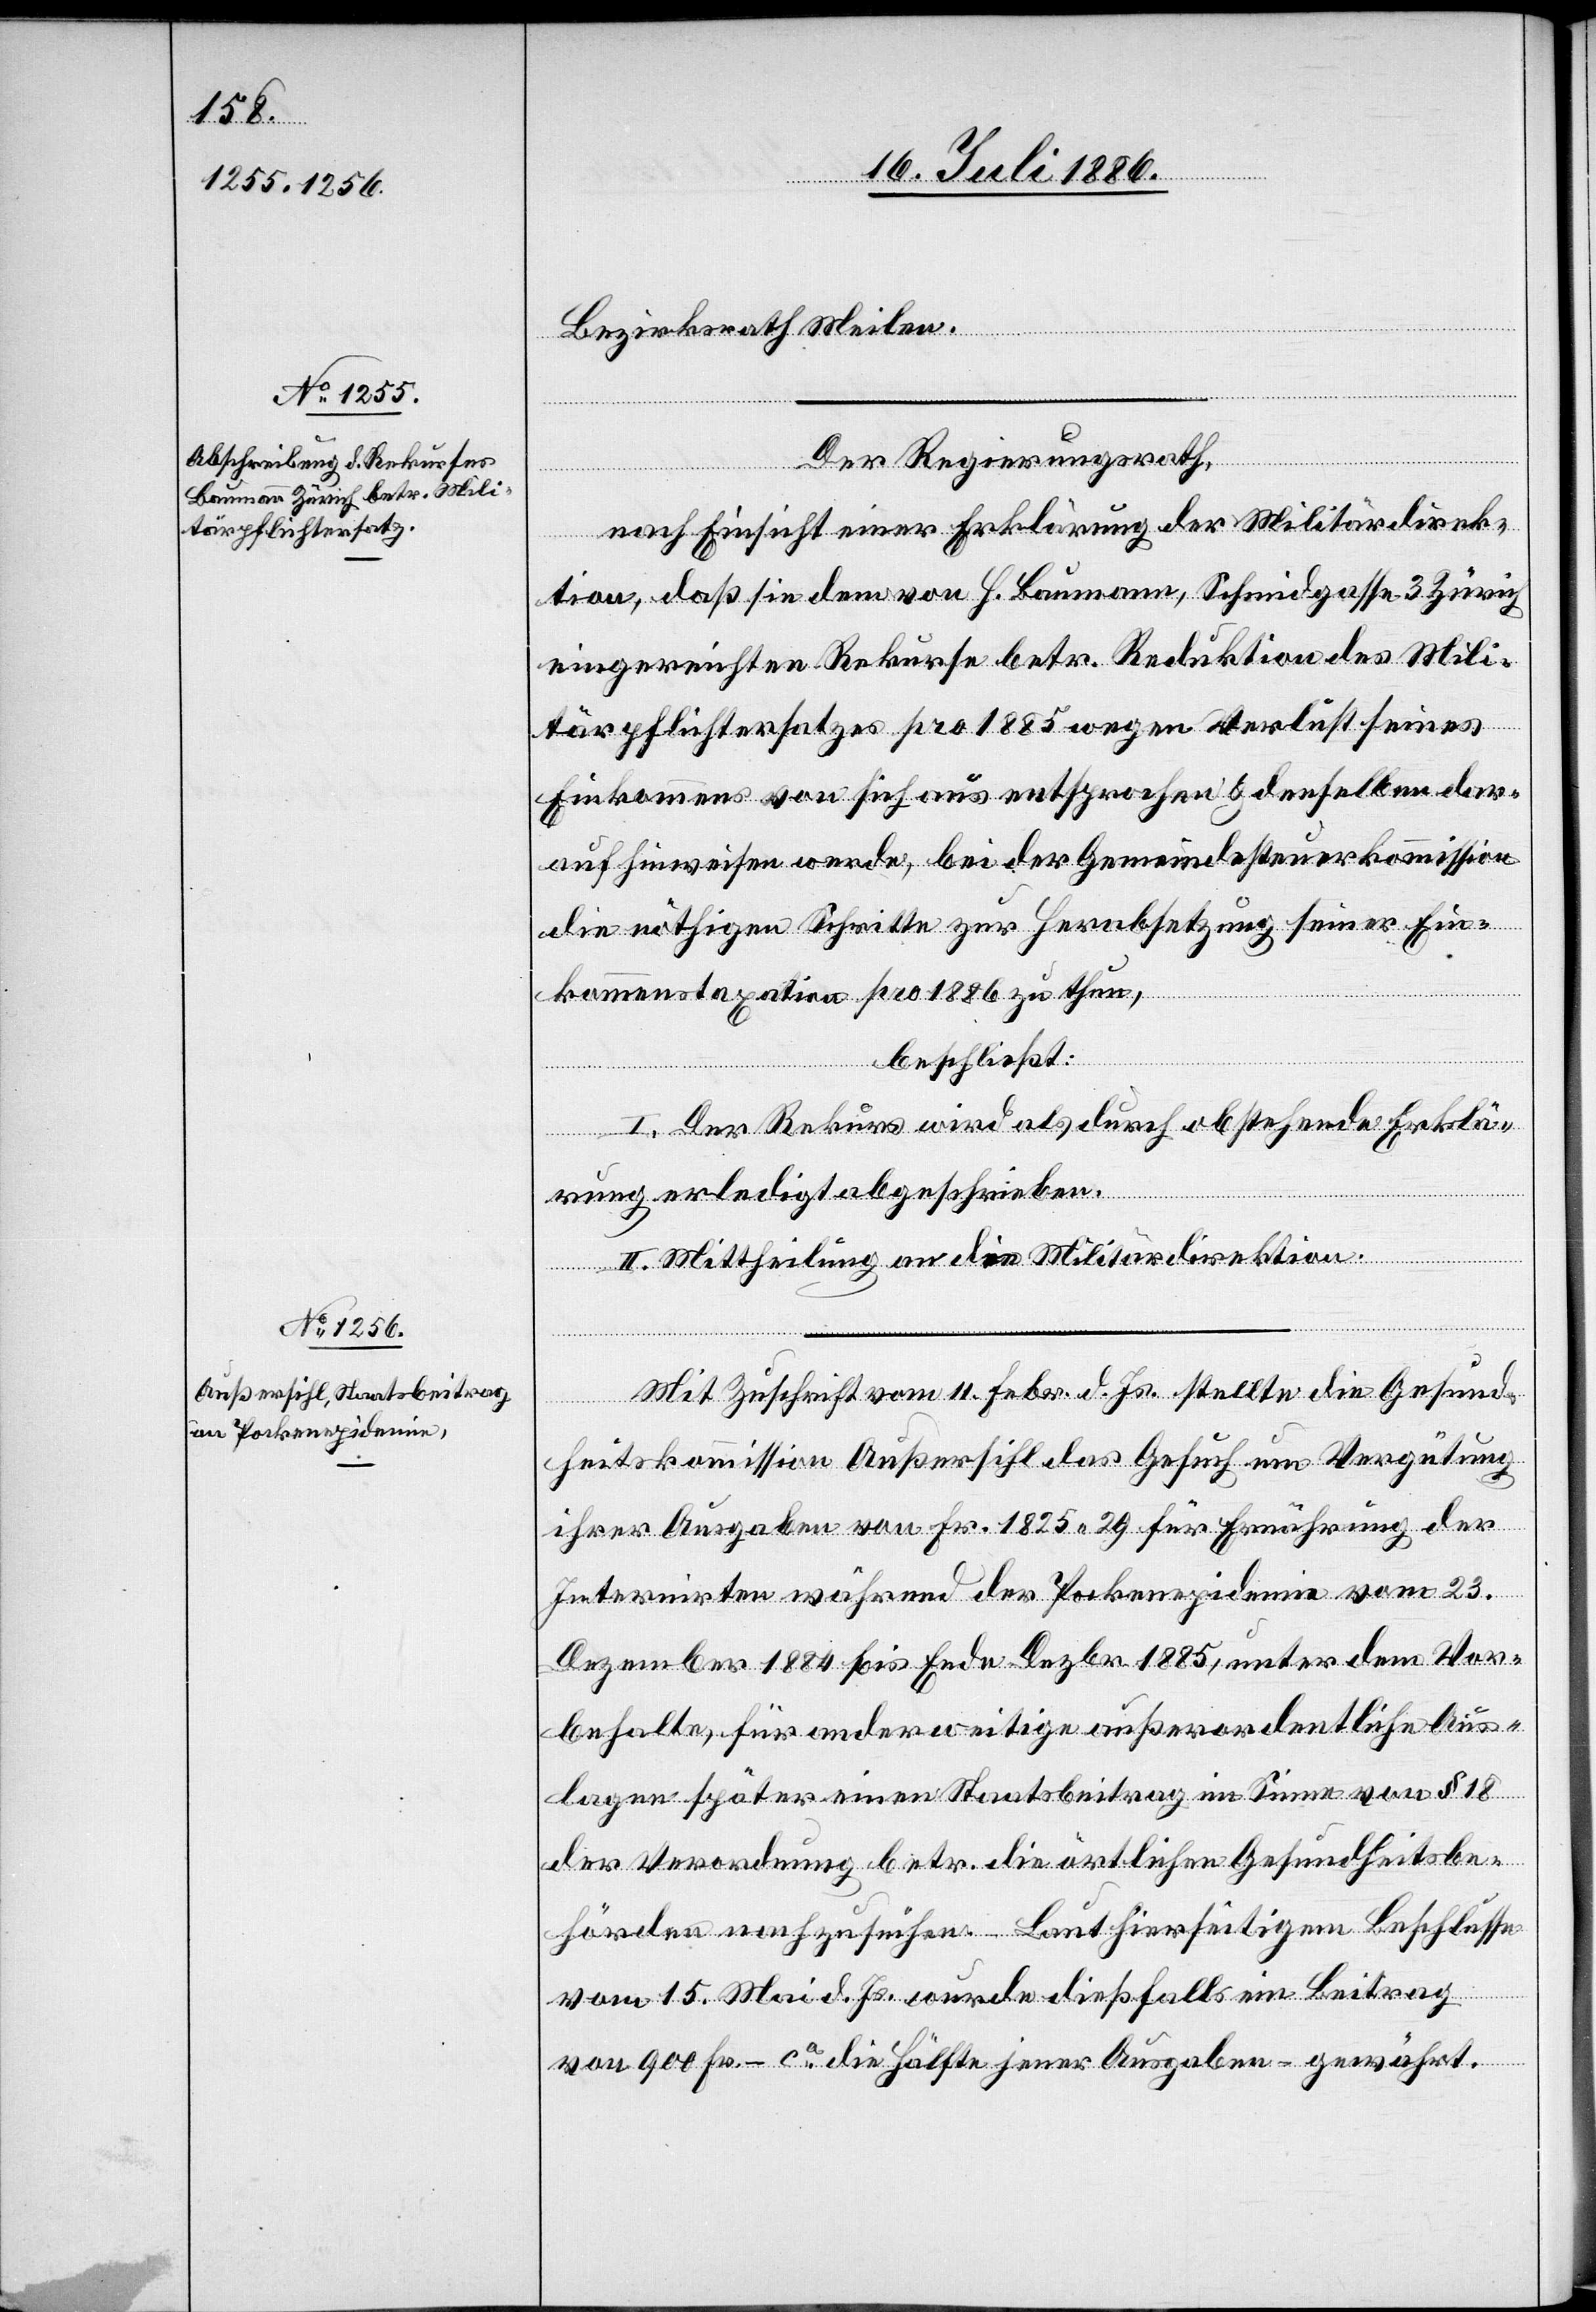
Bezirksrath Meilen.
Der Regierungsrath,
nach Einsicht einer Erklärung der Militärdirek¬
tion, daß sie dem von H. Baumann, Schmidgasse 3 Zürich
eingereichten Rekurse betr. Reduktion des Mili¬
tärpflichtersatzes pro 1885 wegen Verlust seines
Einkommens von sich aus entsprochen & denselben dar¬
auf hinweisen werde, bei der Gemeindesteuerkommission
die nöthigen Schritte zur Herabsetzung seiner Ein¬
kommenstaxation pro 1886 zu thun,
beschließt:
I. Der Rekurs wird als durch obstehende Erklä¬
rung erledigt abgeschrieben.
II. Mittheilung an die Militärdirektion.
Mit Zuschrift vom 11. Febr. d. Js. stellte die Gesund¬
heitskommission Außersihl das Gesuch um Vergütung
ihrer Ausgaben von Fr. 1825 29 für Ernährung der
Internirten während der Pockenepidemie vom 23.
Dezember 1884 bis Ende Dezbr. 1885, unter dem Vor¬
behalte, für anderweitige außerordentliche Aus¬
lagen später einen Staatsbeitrag im Sinne von § 18
der Verordnung betr. die ärztlichen Gesundheitsbe¬
hörden nachzusuchen. – Laut hierseitigem Beschlusse
vom 15. Mai d. Js. wurde dießfalls ein Beitrag
von 900 Fr. – ca die Hälfte jener Ausgaben – gewährt.